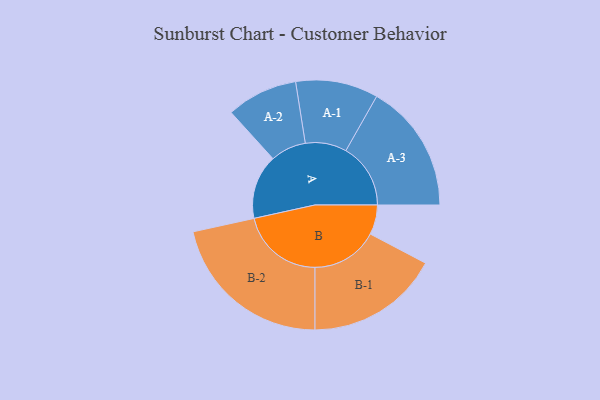
{"axis": {"x": "Segment", "y": "Value"}, "legend": ["", "A", "B"], "data": [{"x": "A", "y": 228, "type": ""}, {"x": "B", "y": 105, "type": ""}, {"x": "A-1", "y": 146, "type": "A"}, {"x": "A-2", "y": 126, "type": "A"}, {"x": "A-3", "y": 229, "type": "A"}, {"x": "B-1", "y": 236, "type": "B"}, {"x": "B-2", "y": 294, "type": "B"}]}